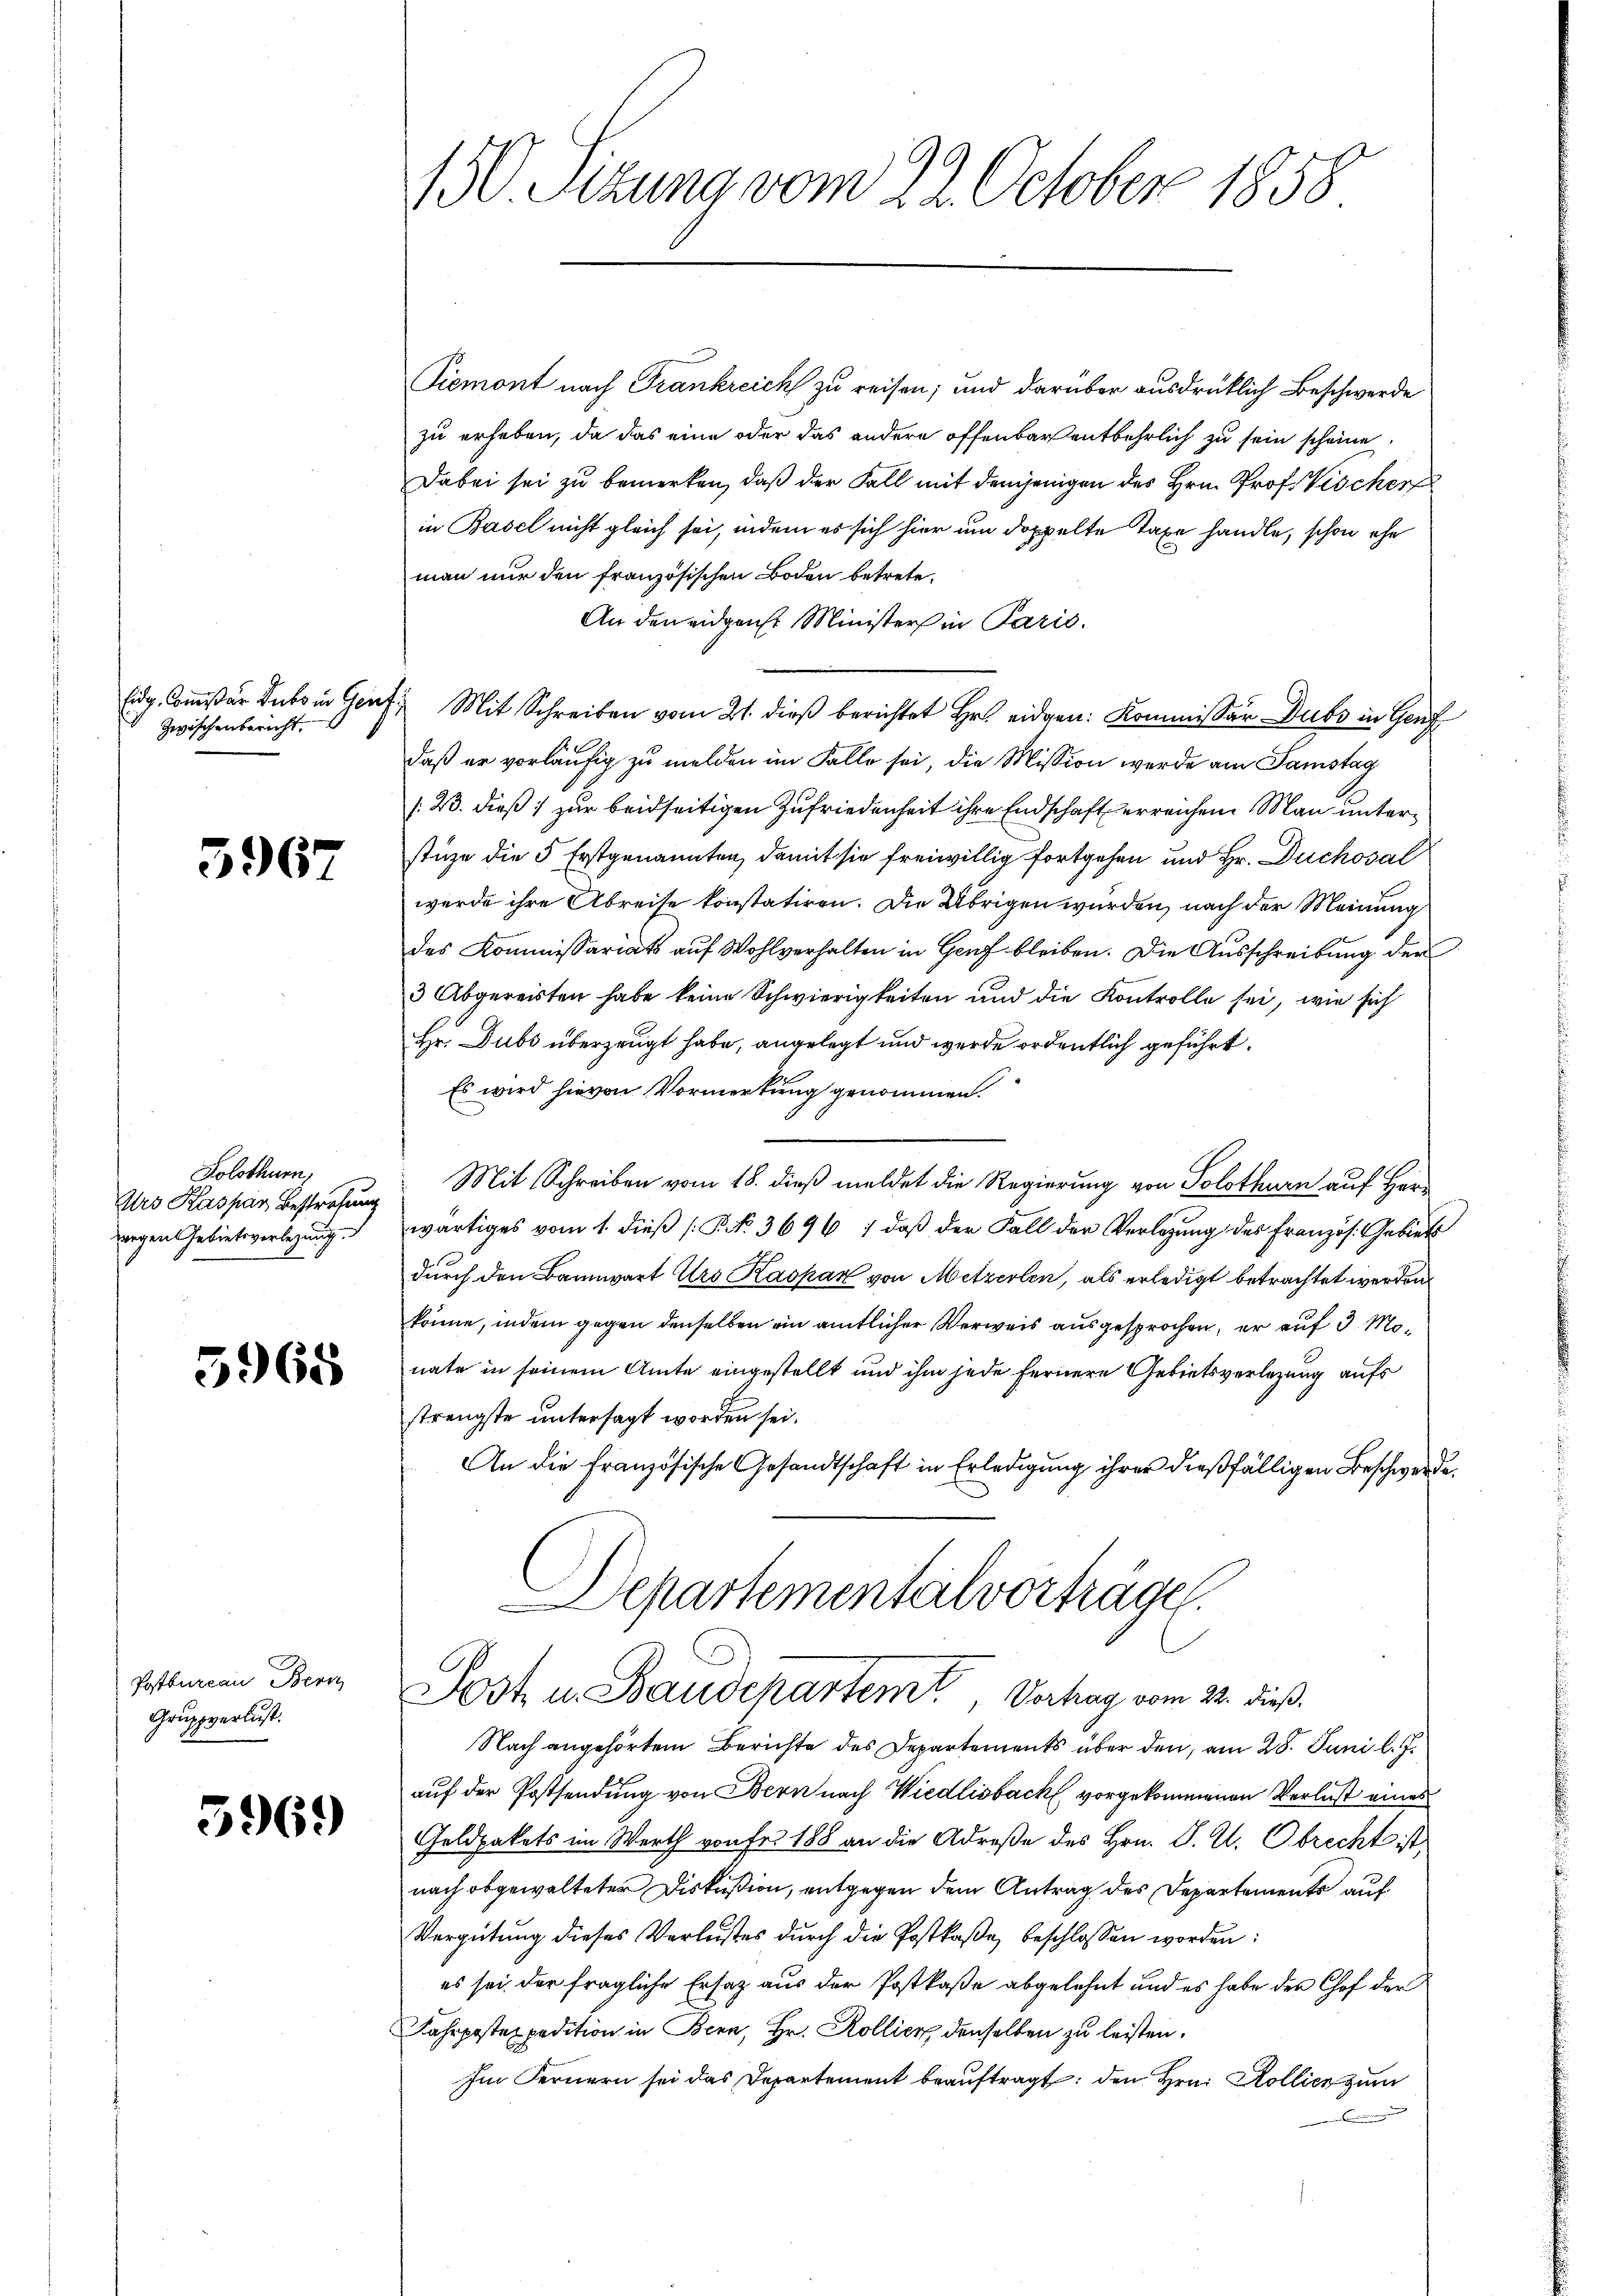
Eidg. Commißär Decke in Genf,
zwischenbericht.

3967

Solothurn,
Urs Kaspar Bestrafung

5968

Postbureau Bern
Gruppverlust.

596.

150 Sizung vom 22. October 1858

Piemont nach Trankreich zu reisen; und darüber ausdrücklich Beschwerde
zu erheben, da das eine oder das andere offenbar entbehrlich zu sein scheine
Dabei sei zu bemerken, daß der Fall mit demjenigen des Hrn. Prof. Vischer
in Basel nicht gleich sei, indem es sich hier um doppelte Taxe handle, schon ehe
man nur den französischen Boden betrete.
An den eidgenst Ministers in Paris.
Mit Schreiben vom 21. dieß berichtet Hr. eidgen: Kommissär Dubs in Genf
daß er vorläufig zu melden im Falle sei, die Mission werde am Samstag
/23. dieß zur beidseitigen Zufriedenheit ihre Endschaft erreichen. Man unterstüze die 5 Erstgenannten, damit sie freiwillig fortgehen und Hr. Duckosal
wurde ihre Abreise konstatiren. Die Übrigen wurden, nach der Meinung
des Kommissariats auf Wohlverhalten in Genf bleiben. Die Ausschreibung der
3 Abgereisten habe keine Schwierigkeiten und die Kontrolle sei, wie sich
Hr. Dubs überzeugt habe, angelegt und werde ordentlich geführt.
Es wird hievon Vormerkung genommen.
Mit Schreiben vom 18. dieß meldet die Regierung von Solothurn auf Herzwegen Gebietsverlegung wärtiges vom 1. dieβ (P NNo. 3696 : daß der Fall der Verlegung des Französ. Gebiet
durch den Bannwart Urs Kaspar von Metzerlen, als erledigt betrachtet werden.
könne, indem gegen denselben ein amtlicher Verweis ausgesprochen, er auf 3 Monate in seinem Amte eingestellt und ihm jede fernere Gebietsverlegung aufs
strengste untersagt worden sei.
An die französische Gesandtschaft in Erledigung ihrer dießfälligen Beschwerde.
Departementalvortrage.
Post u. Baudepartem Vorhag vom 22. dieß.
Nach angehörtem Berichte des Departements über den, am 28. Juni l. J.
auf der Postsendung von Bern nach Wiedlisbach vorgekommenen Verlust eines
Geldpakets im Werth von Fr. 188 an die Adreße des Hrn. J. U. Obrecht ist,
nach obgewalteter Diskußion, entgegen dem Antrag des Departements auf
Vergütung dieses Verlustes durch die Postkaße beschlossen worden:
es sei der fragliche Ersatz aus der Postkaße abgelehnt und es habe der Chef der
Fahrpostexpedition in Bern, Hr. Kollier, denselben zu leisten.
Im Fernern sei das Departement beauftragt, den Hrn. Kollich zum